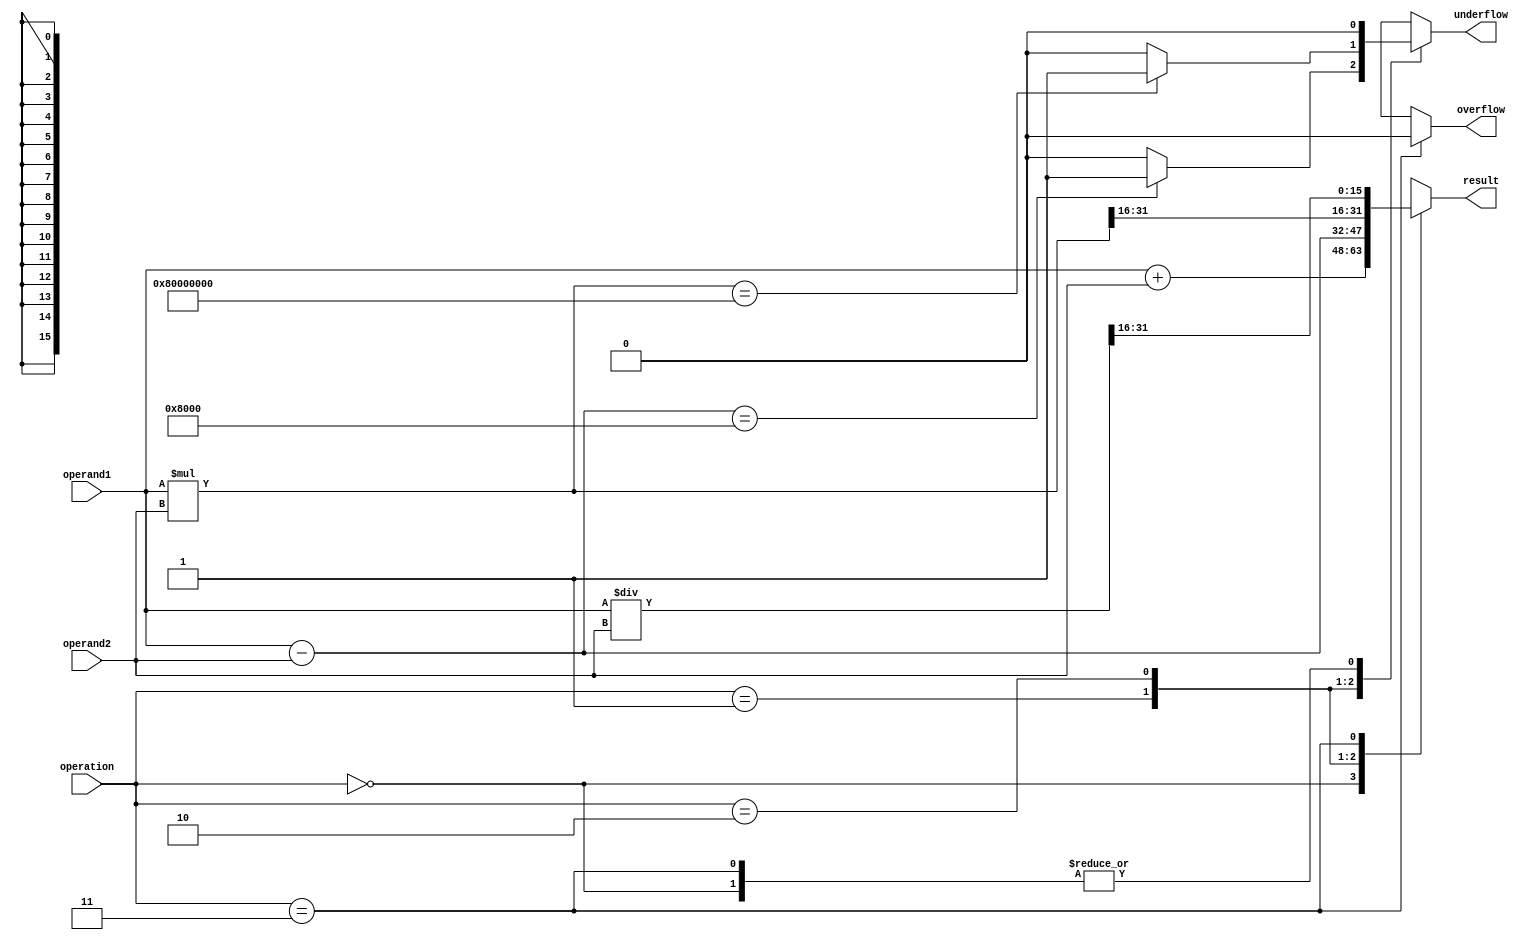
module half_precision_fpu (
    input wire [15:0] operand1,
    input wire [15:0] operand2,
    input wire [1:0] operation,
    output reg [15:0] result,
    output reg overflow,
    output reg underflow
);

// Define arithmetic blocks
reg [15:0] add_result;
reg [15:0] sub_result;
reg [31:0] mul_result;
reg [31:0] div_result;

// Perform arithmetic operations based on control signals
always @(*) begin
    case(operation)
        2'b00: begin // Addition
            add_result = operand1 + operand2;
            result = add_result;
            overflow = add_result[16];
            underflow = 0;
        end
        2'b01: begin // Subtraction
            sub_result = operand1 - operand2;
            result = sub_result;
            // Handle overflow and underflow for subtraction
            overflow = sub_result[16];
            underflow = sub_result == 16'h8000 ? 1 : 0;
        end
        2'b10: begin // Multiplication
            mul_result = operand1 * operand2;
            result = mul_result[31:16];
            // Handle overflow and underflow for multiplication
            overflow = mul_result[32];
            underflow = mul_result == 32'h80000000 ? 1 : 0;
        end
        2'b11: begin // Division
            div_result = operand1 / operand2;
            result = div_result[31:16];
            // Handle special cases for division
            // (e.g. division by zero, infinity, denormalized numbers)
            overflow = 0;
            underflow = 0;
        end
        default: begin
            result = 16'h0000;
            overflow = 0;
            underflow = 0;
        end
    endcase
end

endmodule